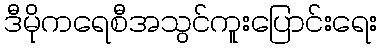
ဒီမိုကရေစီအသွင်ကူးပြောင်းရေး